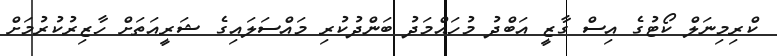
ކްރިމިނަލް ކޯޓުގެ އިސް ގާޒީ އަބްދު މުހައްމަދު ބަންދުކުރި މައްސަލައިގެ ޝަރީއަތަށް ހާޒިރުކުރުމަށް